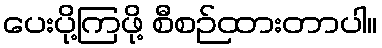
ပေးပို့ကြဖို့ စီစဉ်ထားတာပါ။